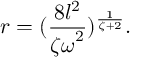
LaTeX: r = ( { \frac { 8 l ^ { 2 } } { { \zeta \omega } ^ { 2 } } } ) ^ { \frac { 1 } { \zeta + 2 } } . \nonumber